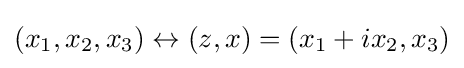
(x_{1},x_{2},x_{3})\leftrightarrow (z,x)=(x_{1}+ix_{2},x_{3})